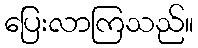
ပြေးလာကြသည်။